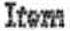
ITEM